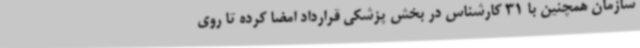
سازمان همچنین با 31 کارشناس در بخش پزشکی قرارداد امضا کرده تا روی